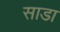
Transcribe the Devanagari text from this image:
साडा